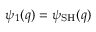
\psi _ { 1 } ( q ) = \psi _ { \mathrm { S H } } ( q )